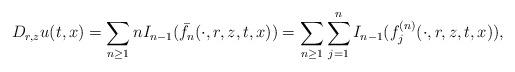
LaTeX: \begin{align*}D_{r,z}u(t,x)=\sum_{n\geq 1}n I_{n-1}(\bar{f}_n(\cdot,r,z,t,x))=\sum_{n\geq 1} \sum_{j=1}^{n}I_{n-1}(f_j^{(n)}(\cdot,r,z,t,x)),\end{align*}